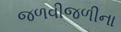
જળવીજળીના